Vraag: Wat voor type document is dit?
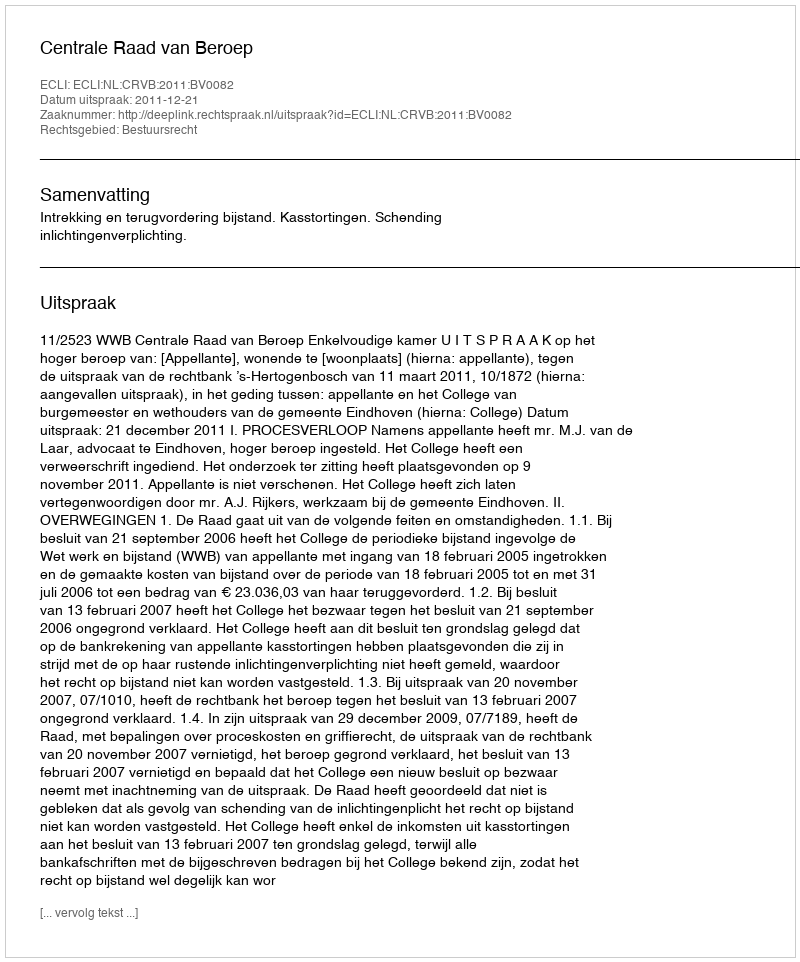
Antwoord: Uitspraak